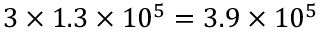
3 \times 1 . 3 \times 1 0 ^ { 5 } = 3 . 9 \times 1 0 ^ { 5 }